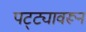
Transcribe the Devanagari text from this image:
पट्ट्यावरून